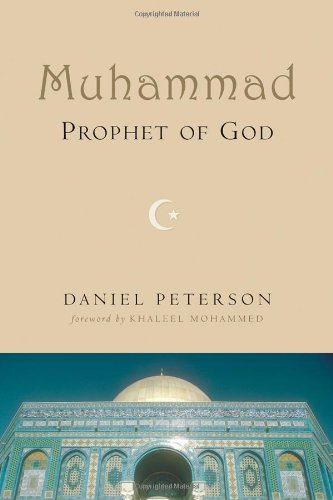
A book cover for Muhammad, Prophet of God; Daniel C. Peterson; Religion & Spirituality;